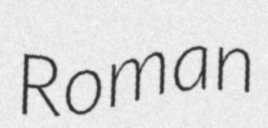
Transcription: Roman